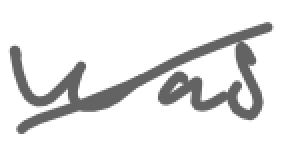
Text: was
Cross-out: diagonal
Writing tool: digital_gray